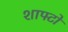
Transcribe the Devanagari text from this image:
शाफ्टो